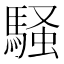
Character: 騒